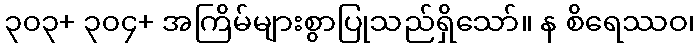
၃၀၃+ ၃၀၄+ အကြိမ်များစွာပြုသည်ရှိသော်။ န စိရေဿဝ၊